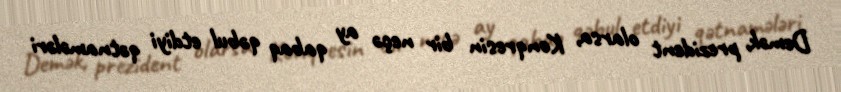
Demək, prezident olarsa, Konqresin bir neçə ay qabaq qəbul etdiyi qətnamələri